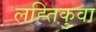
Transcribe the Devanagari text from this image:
लह्तिकुवा